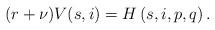
LaTeX: \begin{align*} (r+\nu)V(s,i)=H\left(s,i,p,q\right).\end{align*}